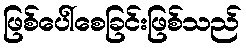
ဖြစ်ပေါ်စေခြင်းဖြစ်သည်